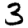
Digit: 3